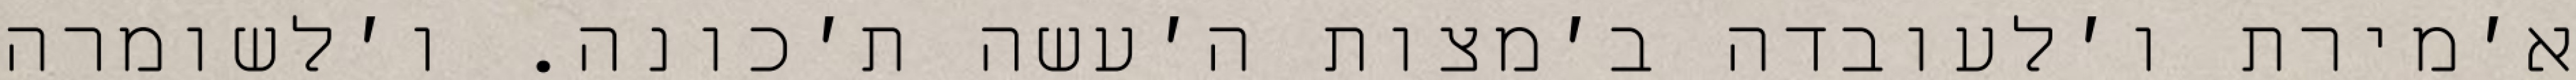
א׳מירת ו׳לעובדה ב׳מצות ה׳עשה ת׳כונה. ו׳לשומרה